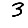
Digit: 3